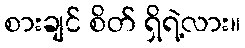
စားချင် စိတ် ရှိရဲ့လား။